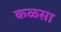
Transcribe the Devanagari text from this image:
कळसा